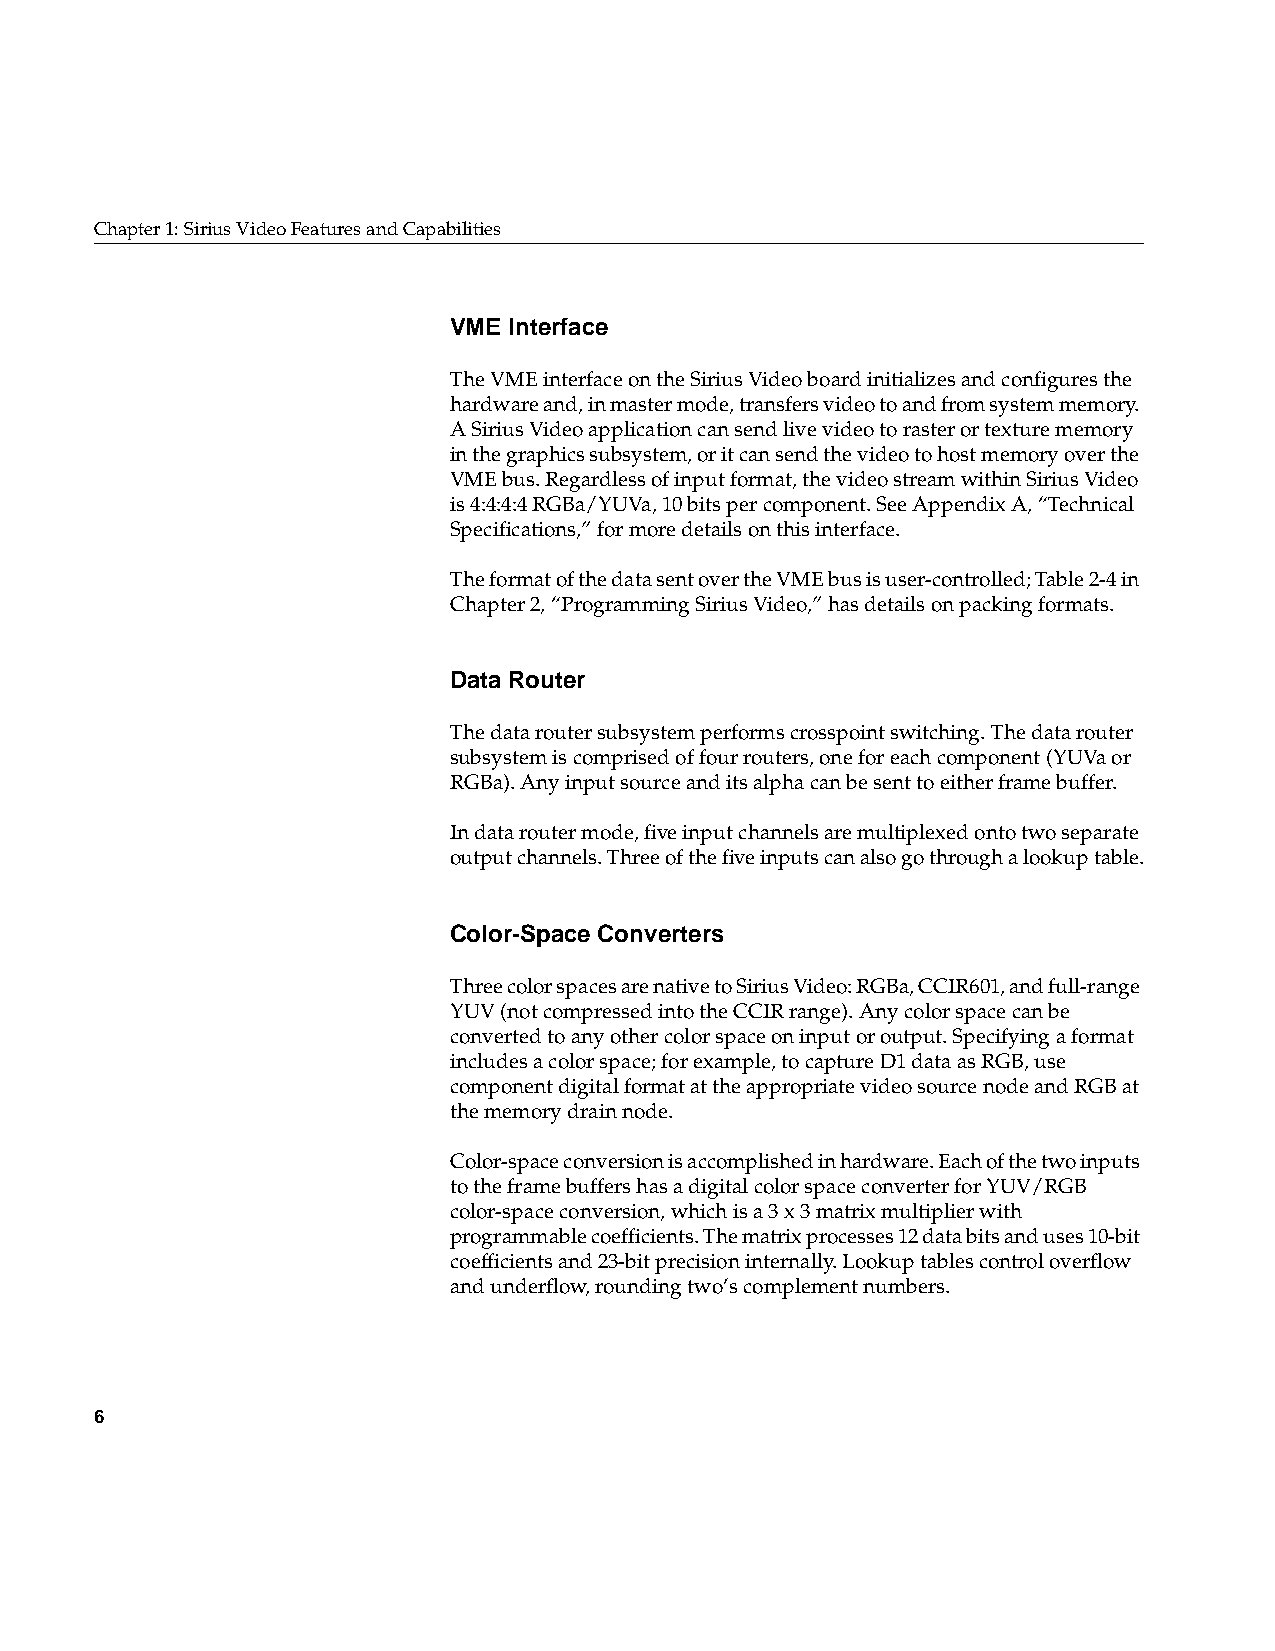
Chapter1: Sirius Video Features and Capabilities
 VME Interface
 The VME interface on the Sirius Video board initializes and configures the
 hardware and, in master mode, transfers video to and from system memory.
 A Sirius Video application can send live video to raster or texture memory
 in the graphics subsystem, or it can send the video to host memory over the
 VME bus. Regardless of input format, the video stream within Sirius Video
 is 4:4:4:4 RGBa/YUVa, 10 bits per component. See AppendixA, “Technical
 Specifications,” for more details on this interface.
 The format of the data sent over the VME bus is user-controlled; Table2-4 in
 Chapter2, “Programming Sirius Video,” has details on packing formats.
 Data Router
 The data router subsystem performs crosspoint switching. The data router
 subsystem is comprised of four routers, one for each component (YUVa or
 RGBa). Any input source and its alpha can be sent to either frame buffer.
 In data router mode, five input channels are multiplexed onto two separate
 output channels. Three of the five inputs can also go through a lookup table.
 Color-Space Converters
 Three color spaces are native to Sirius Video: RGBa, CCIR601, and full-range
 YUV (not compressed into the CCIR range). Any color space can be
 converted to any other color space on input or output. Specifying a format
 includes a color space; for example, to capture D1 data as RGB, use
 component digital format at the appropriate video source node and RGB at
 the memory drain node.
 Color-space conversion is accomplished in hardware. Each of the two inputs
 to the frame buffers has a digital color space converter for YUV/RGB
 color-space conversion, which is a 3 x 3 matrix multiplier with
 programmable coefficients. The matrix processes 12 data bits and uses 10-bit
 coefficients and 23-bit precision internally. Lookup tables control overflow
 and underflow, rounding two’s complement numbers.
 6